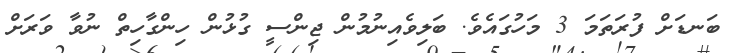
ބަނޑަށް ފުރަތަމަ 3 މަހުގައެވެ. ބަލިވެއިނުމުން ޖިންސީ ގުޅުން ހިންގާހިތް ނުވާ ވަރަށް